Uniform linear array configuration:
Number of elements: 12
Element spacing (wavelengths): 0.5
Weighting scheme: exponential
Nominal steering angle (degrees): -60
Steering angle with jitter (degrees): -60.951
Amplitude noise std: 0.05
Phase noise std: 0.05

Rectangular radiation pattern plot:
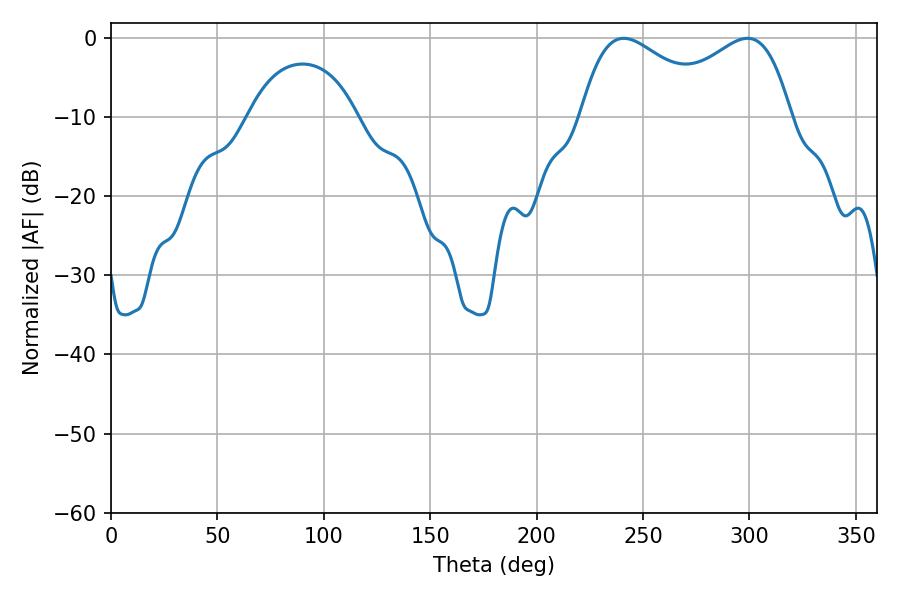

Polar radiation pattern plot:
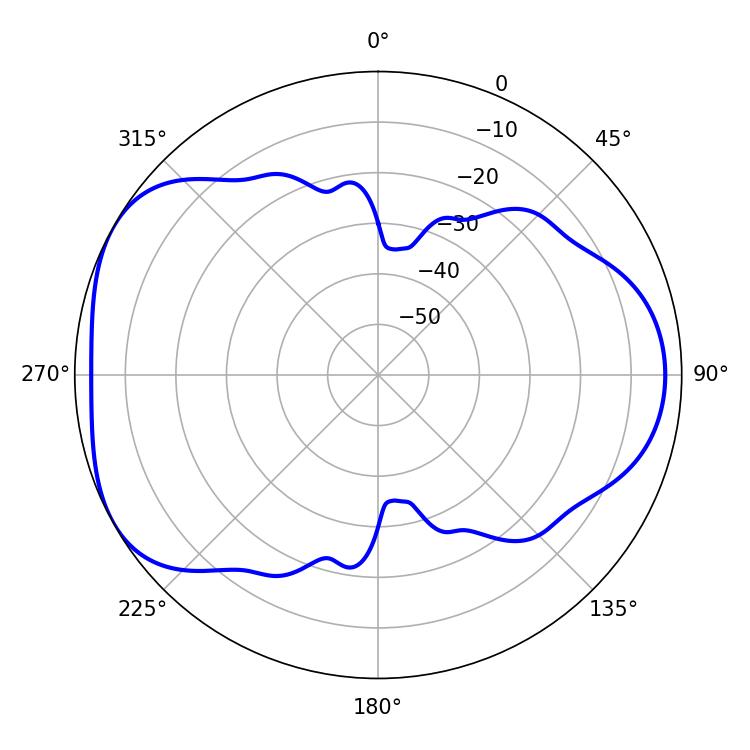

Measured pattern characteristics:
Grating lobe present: FALSE
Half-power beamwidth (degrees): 35.46
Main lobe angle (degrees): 240.84